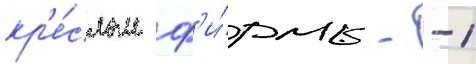
кр'е́слом ф'и́рмы - -1